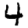
Digit: 4